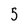
Character: 5